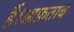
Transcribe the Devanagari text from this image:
हैं।आफ़ताब